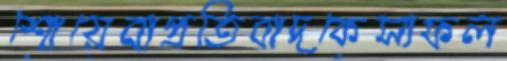
শোয়েবাপ্রতিবাদকেসাফল